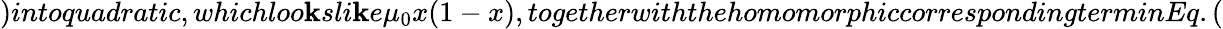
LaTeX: )intoquadratic,whichloo\mathbf{k}sli\mathbf{k}e\mu_{0}x(1-x),togetherwiththehomomorphiccorrespondingterminEq.(